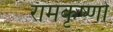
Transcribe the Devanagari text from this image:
रामकृष्णो